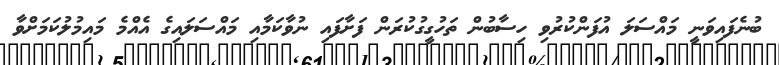
ބުނެފައިވަނީ މައްސަލަ އުފަންކުރުވި ހިސާބުން ތަހުގީގުކުރަން ފަށާފައި ނުވާކަމާއި މައްސަލައިގެ އެއްމެ މައިމުލުކަމަށްވާ